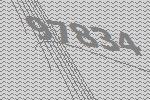
97834